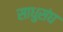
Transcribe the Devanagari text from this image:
साधुसंघ